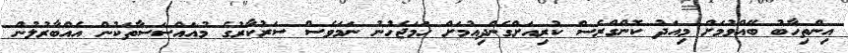
އިންތިހާބު ބޭއްވުމަށް މިއަދު ކޮންގްރެސް ކުރިއަށްގެންދިއުމަށް ހަމަޖެހުނު ނަމަވެސް ސަރުކާރުގެ މުއައްސަސާތަކުން އެއްބާރުލުން